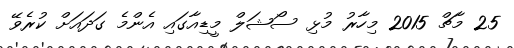
25 މާޗް 2015 މިހާރު މުޅި ސޯޝަލް މީޑިއާގައި އެންމެ ގަދައަށް ކުރެވޭ